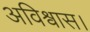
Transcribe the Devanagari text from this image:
अविश्वास।